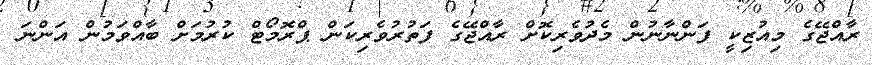
ރާއްޖޭގެ މިއުޒިކީ ފަންނާނުން މެދުވެރިކޮށް ރާއްޖޭގެ ފަތުރުވެރިކަން ޕްރޮމޯޓް ކުރުމަށް ބާއްވަމުން އަންނަ